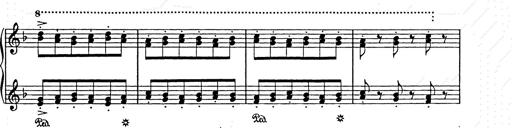
Title: Weihnachtsbaum
Composer: Franz Liszt